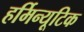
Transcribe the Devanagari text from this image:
हर्मिन्यूटिक